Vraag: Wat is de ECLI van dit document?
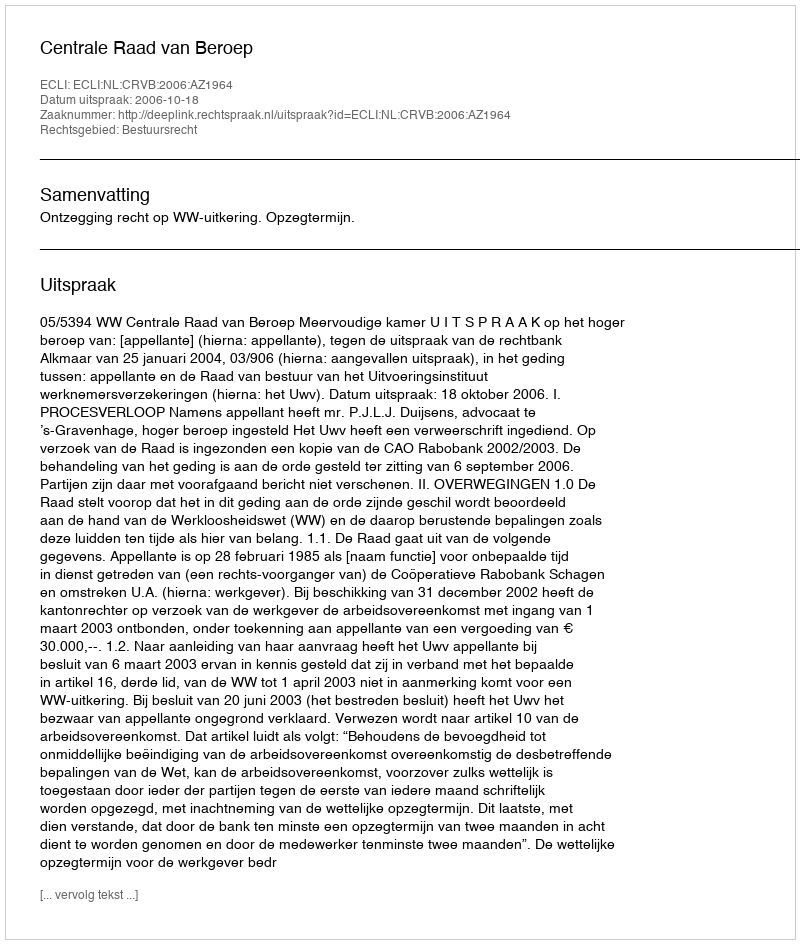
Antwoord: ECLI:NL:CRVB:2006:AZ1964